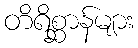
တိရိစ္ဆာန်များ